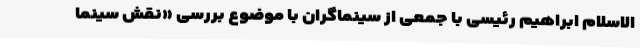
الاسلام ابراهیم رئیسی با جمعی از سینماگران با موضوع بررسی «نقش سینما